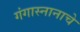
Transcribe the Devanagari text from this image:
गंगास्नानाचे